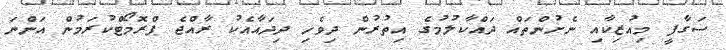
ސަގާފީ މިއުޒިކާއި ނެށުންތައް ދައްކާލުމުގެ އިތުރުން ދިވެހި ދިދައާއެކު ރާއްޖެ ޕްރޮމޯޓްކުރަމުން އަންނަ